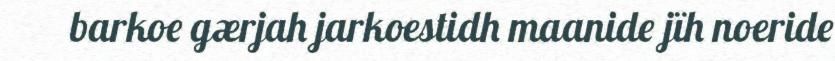
barkoe gærjah jarkoestidh maanide jïh noeride